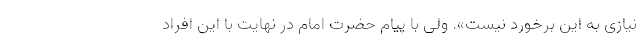
نیازی به این برخورد نیست». ولی با پیام حضرت امام در نهایت با این افراد